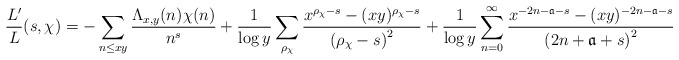
\begin{align*}\frac{L'}{L}(s,\chi) = -\sum_{n\leq xy}\frac{\Lambda_{x,y}(n)\chi(n)}{n^s} + \frac{1}{\log{y}}\sum_{\rho_{\chi}}\frac{x^{\rho_{\chi}-s}-(xy)^{\rho_{\chi}-s}}{\left(\rho_{\chi}-s\right)^{2}} + \frac{1}{\log{y}}\sum_{n=0}^{\infty}\frac{x^{-2n-\mathfrak{a}-s}-(xy)^{-2n-\mathfrak{a}-s}}{\left(2n+\mathfrak{a}+s\right)^{2}}\end{align*}